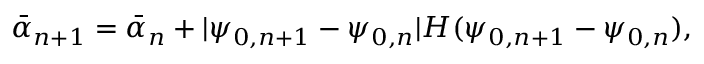
\Bar { \alpha } _ { n + 1 } = \Bar { \alpha } _ { n } + | \psi _ { 0 , n + 1 } - \psi _ { 0 , n } | H ( \psi _ { 0 , n + 1 } - \psi _ { 0 , n } ) ,